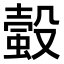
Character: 𧏚